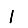
Digit: 1